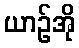
ယာဉ်အို